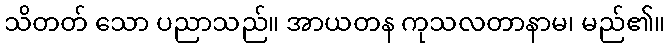
သိတတ် သော ပညာသည်။ အာယတန ကုသလတာနာမ၊ မည်၏။